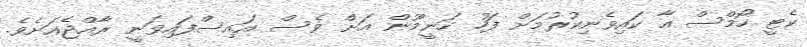
ކެޓީ ހޯމްސް އާ ކައިވެނިކުރުމަށް ފަހު ހަނީމޫން އަށް ވެސް އައިސްފައިވަނީ ރާއްޖެއަށެވެ.